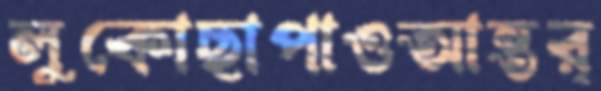
লুকোছাপাওআন্তর্